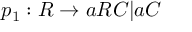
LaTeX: p _ { 1 } : R \rightarrow a R C | a C